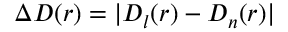
\Delta D ( r ) = | D _ { l } ( r ) - D _ { n } ( r ) |